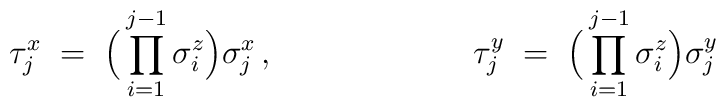
\tau_j^x \;=\; \Big( \prod_{i=1}^{j-1} \sigma_i^z \Bigr)\sigma_j^x\,,\hspace{2.5cm}\tau_j^y \;=\; \Big( \prod_{i=1}^{j-1} \sigma_i^z \Bigr)\sigma_j^y